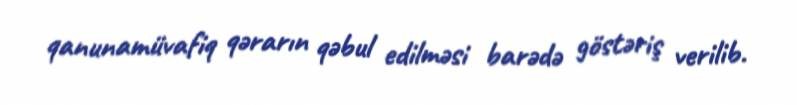
qanunamüvafiq qərarın qəbul edilməsi barədə göstəriş verilib.